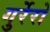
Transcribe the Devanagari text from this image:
गुर्रेरो